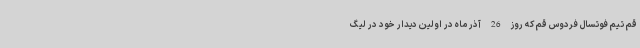
قم تیم فوتسال فردوس قم که روز 26 آذر ماه در اولین دیدار خود در لیگ